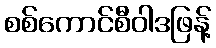
စစ်ကောင်စီဝါဒဖြန့်